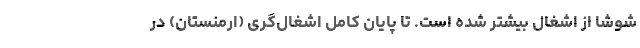
شوشا از اشغال بیشتر شده است. تا پایان کامل اشغال‌گری (ارمنستان) در